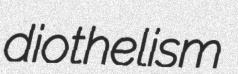
diothelism